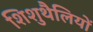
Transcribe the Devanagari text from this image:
शिशुथैलियों